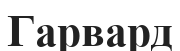
Гарвард